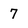
Character: 7